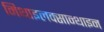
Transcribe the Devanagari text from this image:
मिथाइलक्सान्थाइन